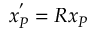
\boldsymbol { x } _ { P } ^ { ' } = \boldsymbol { R } \boldsymbol { x } _ { P }